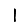
Digit: 1